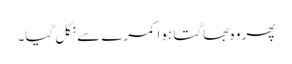
پھر وہ بھاگتا ہوا کمرے سے نکل گیا۔